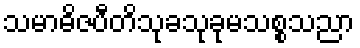
သမာဓိဇပီတိသုခသုခုမသစ္စသညာ